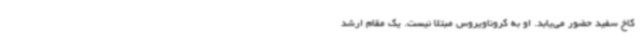
کاخ سفید حضور می‌یابد. او به کروناویروس مبتلا نیست. یک مقام ارشد